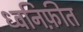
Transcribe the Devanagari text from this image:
ध्वनिफ़ीत